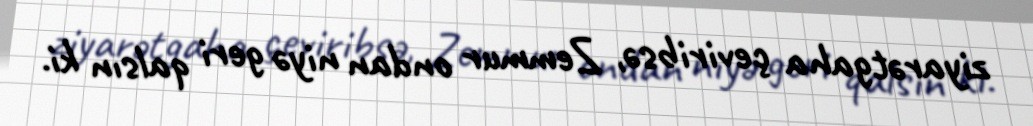
ziyarətgaha çeviribsə, Zemmur ondan niyə geri qalsın ki.